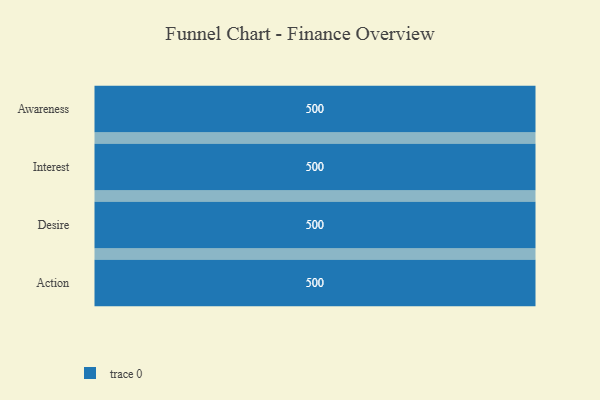
{"axis": {"x": "Stage", "y": "Value"}, "legend": [""], "data": [{"x": "Awareness", "y": 500, "type": ""}, {"x": "Interest", "y": 500, "type": ""}, {"x": "Desire", "y": 500, "type": ""}, {"x": "Action", "y": 500, "type": ""}]}